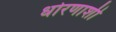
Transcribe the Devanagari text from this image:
धोरणाशी